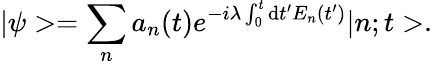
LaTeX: |\psi>=\sum_{n}a_{n}(t)e^{-i\lambda\int_{0}^{t}\mathrm{d}t^{\prime}E_{n}(t^{\prime})}|n;t>.